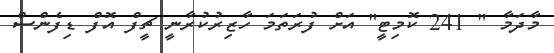
މާދަމާ " 241 ކޮމިޓީ" އަށް ފުރަތަމަ ހާޒިރުކުރާނީ ޗީފް އޮފް ޑިފެންސް